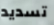
تسديد